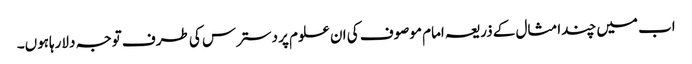
اب میں چندامثال کے ذریعہ امام موصوف کی ان علوم پر دسترس کی طرف توجہ دلارہاہوں۔